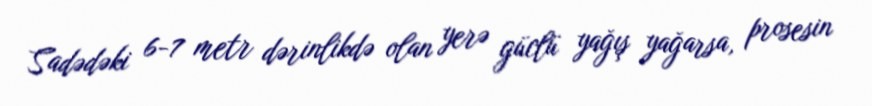
Sadədəki 6-7 metr dərinlikdə olan yerə güclü yağış yağarsa, prosesin